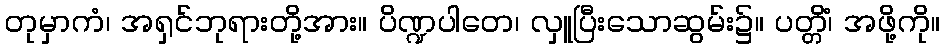
တုမှာကံ၊ အရှင်ဘုရားတို့အား။ ပိဏ္ဍပါတေ၊ လှူပြီးသောဆွမ်း၌။ ပတ္တိံ၊ အဖို့ကို။